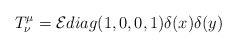
\begin{align*}T^{\mu}_{\nu} = {\cal E} diag(1,0,0,1) \delta(x)\delta(y)\end{align*}